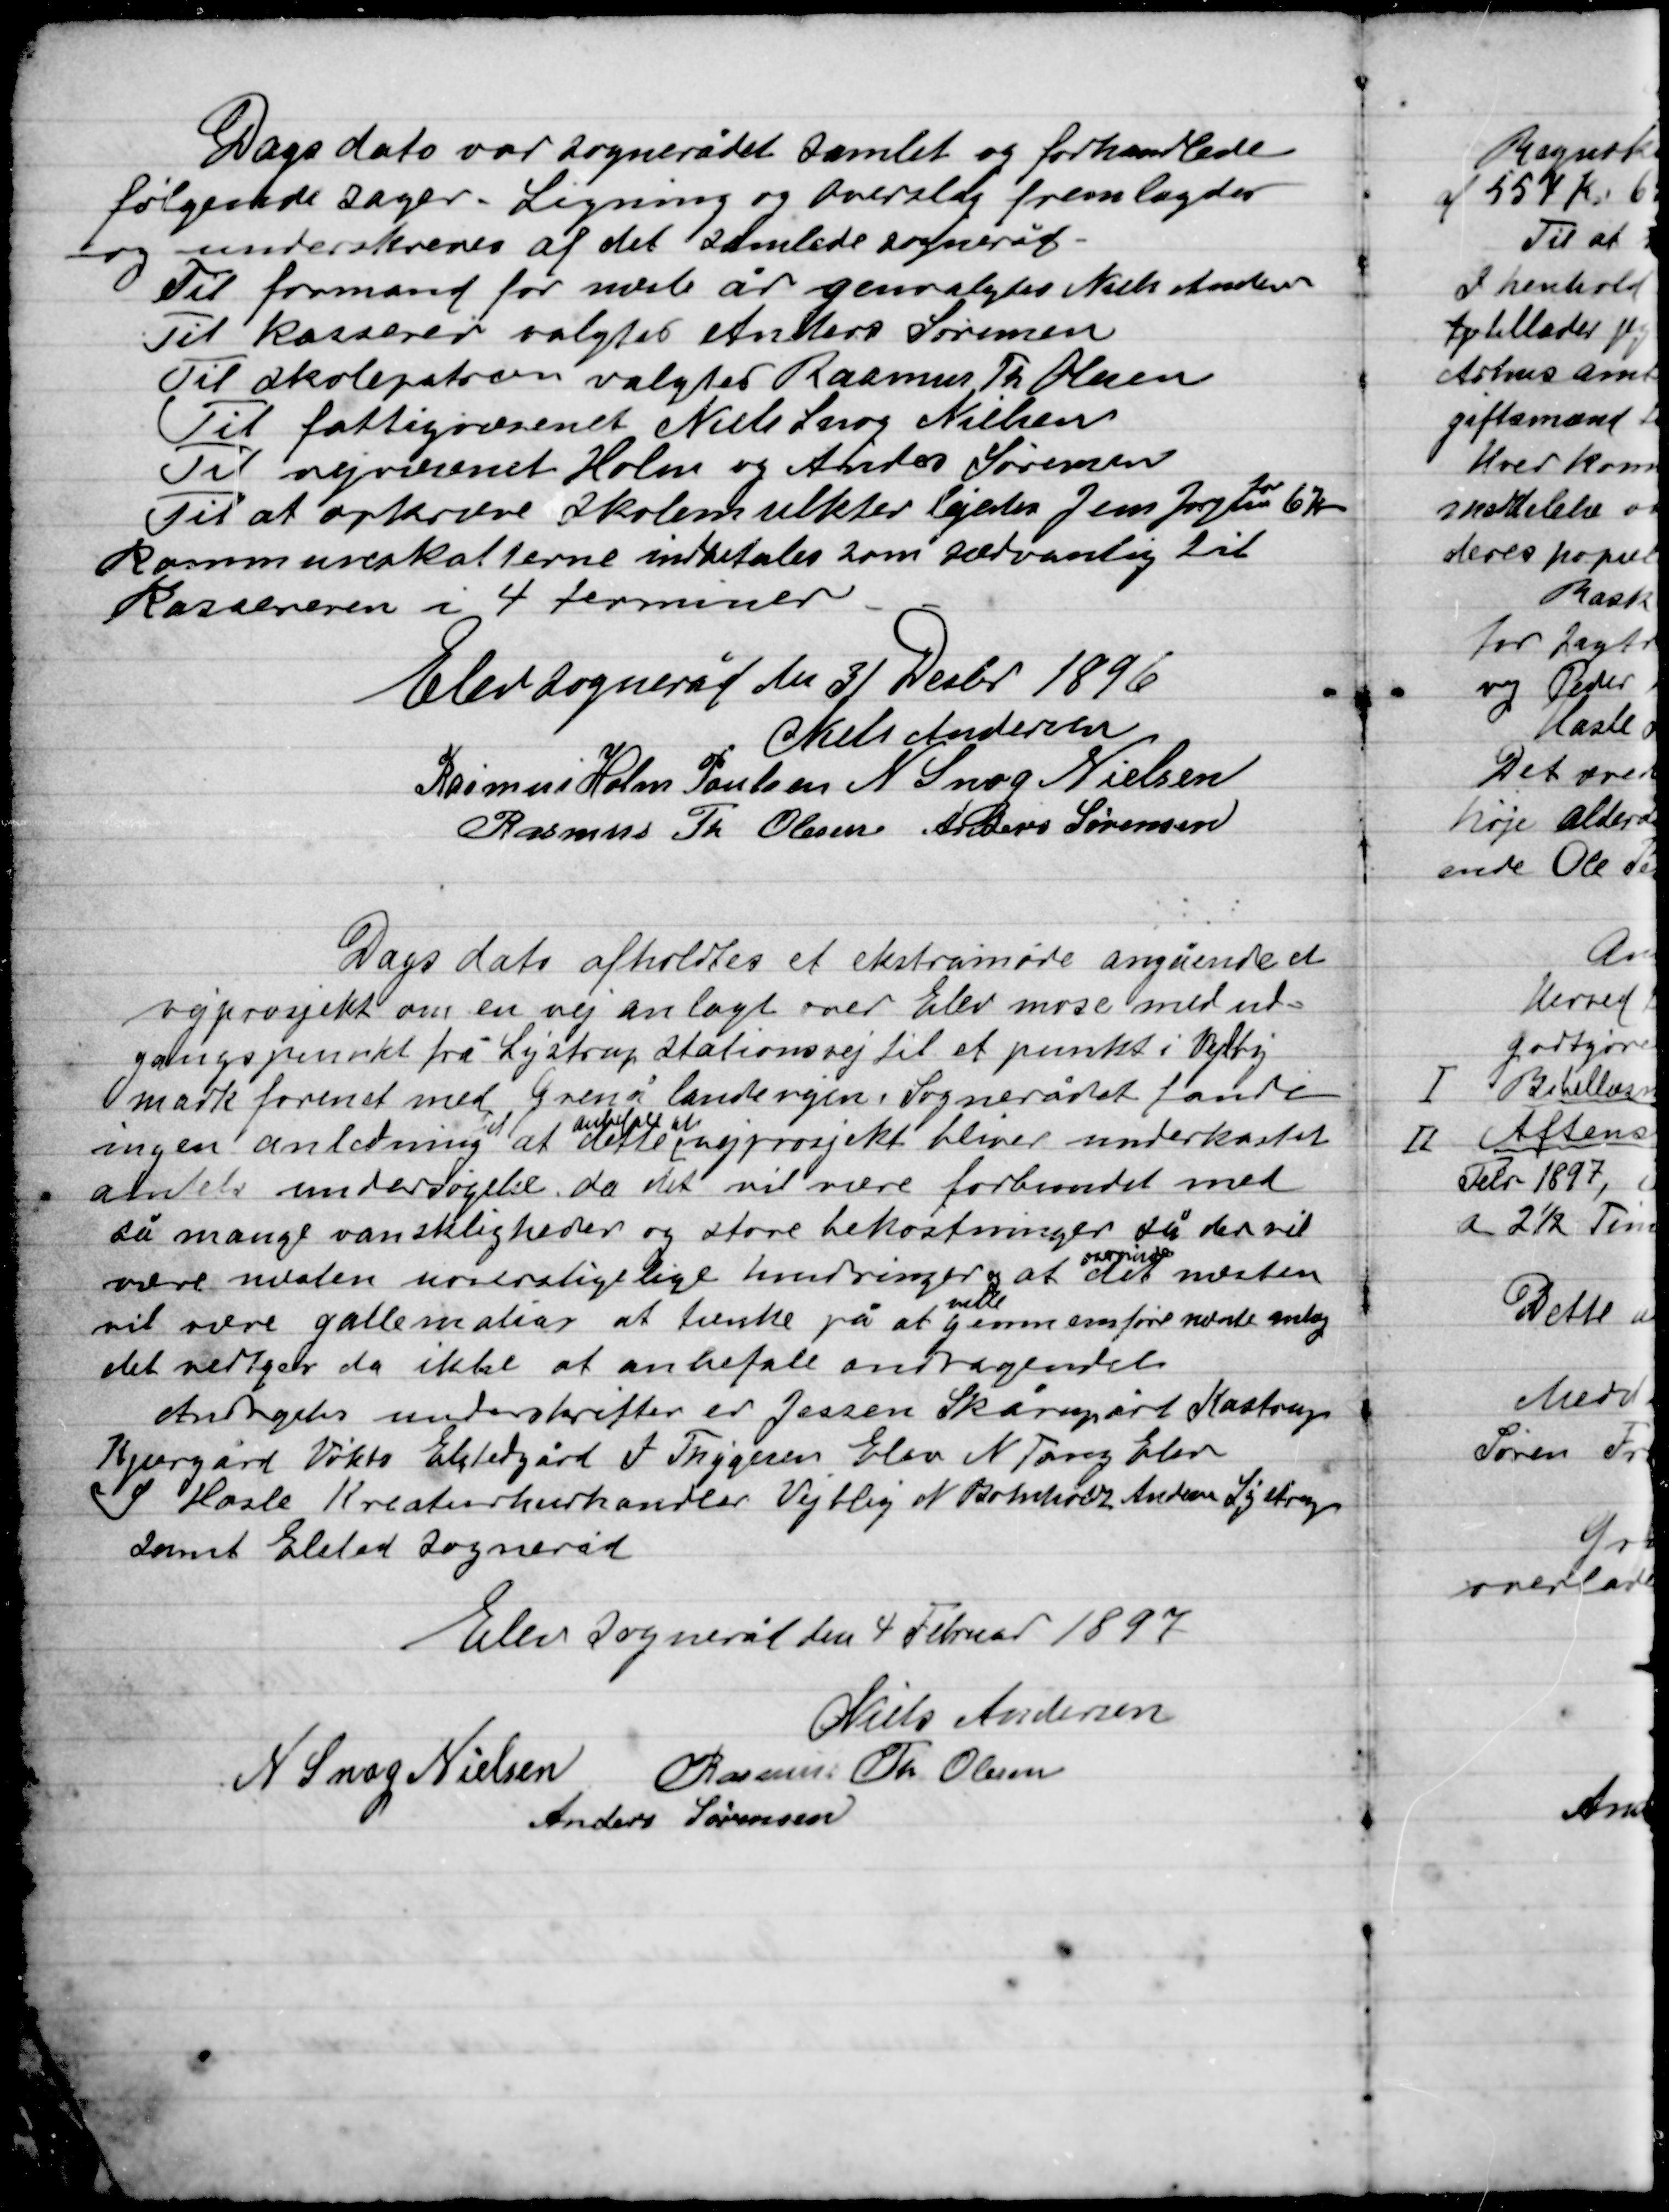
Transskription:
Dags dato var Sognerådet samlet og forhandlede
Følgende sager. Ligning og overslag fremlagdes
og underskrives af det samlede Sogneråd.
Til formand for næste år genvalgtes Niels Andersen
Til kasserer valgtes Anders Sørensen
Til skolepatron valgtes Rasmus Th. Olsen
Til fattigvæsenet Niels Snog Nielsen
Til vejvæsenet Holm og Anders Sørensen
Til at opkræve Skolemulkter lejedes Jens Jørgensen
for
6 Kr.
Kommunalskatterne indbetales som sædvanlig til
Kassereren i 4 Terminer.

Elev Sogneråd den 31 Decbr. 1896

Niels Andersen
Rasmus Holm Poulsen
N. Snog Nielsen
Rasmus Th. Olsen
Anders Sørensen

Dags dato afholdtes et ekstramøde angående et
vejprojekt om en vej anlagt over Elev mose med ud-
gangspunkt fra Lystrup Stationsvej til et punkt i Vejlby
mark forenet med Grenå landevejen. Sognerådet fandt
ingen anledning
til
at
anbefale at
dette vejprojekt bliver underkastet
Amtets undersøgelse da det vil være forbundet med
så mange vanskeligheder og store bekostninger så der vil
være næsten uoverstigelige hendringer og at det
overmåde
næsten
vil være gallematias at tænke på at
ville
gennemføre nævnte anlæg
det vedtages da ikke at anbefale andragendet
Andragetes underskrifter er Jessen Skårupgård Kastrup
Kjærgård Viktor Elstedgård J. Thygesen Elev N. Tang Elev
V Hasle Kreaturhandler Vejlby N Bomholdt Andersen
Samt Elsted sogneråd.

Elev Sogneråd den 4 Februar 1897

Niels Andersen,
N. Snog Nielsen
Rasmus Th. Olsen
Anders Sørensen